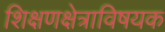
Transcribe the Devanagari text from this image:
शिक्षणक्षेत्राविषयक